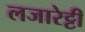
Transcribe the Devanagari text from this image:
लजारेट्टी